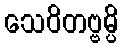
သေဝိတဗ္ဗမ္ပိ